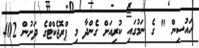
ހައުސިން " ގެ ނަމުގައި ކުރިއަށް ގެންދާ މި ޕްރޮޖެކްޓްގެ ދަށުން 402